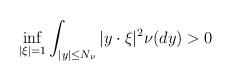
LaTeX: \begin{align*} \inf_{|\xi|=1}\int_{|y|\leq N_\nu }|y\cdot\xi|^2\nu(dy) >0\end{align*}